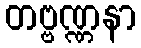
တဗ္ဗဏ္ဏနာ